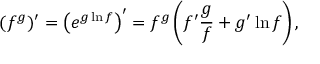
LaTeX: ( f ^ { g } ) ^ { \prime } = \left( e ^ { g \ln f } \right) ^ { \prime } = f ^ { g } \left( f ^ { \prime } { \frac { g } { f } } + g ^ { \prime } \ln f \right) , \quad